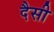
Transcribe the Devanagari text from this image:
दैसी